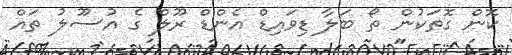
ކޮން ގޮތަކުން ތޯ ބަލާ ޑިވައިޑް އެންޑް ރޫލް ގެ އުސޫލު ތައް